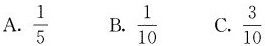
A.\frac{1}{5} B.\frac{1}{10} C. \frac{3}{10}